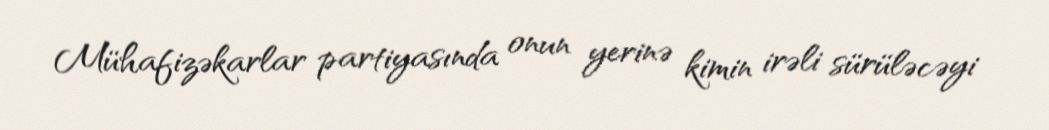
Mühafizəkarlar partiyasında onun yerinə kimin irəli sürüləcəyi